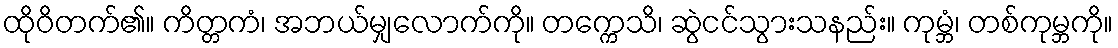
ထိုဝိတက်၏။ ကိတ္တကံ၊ အဘယ်မျှလောက်ကို။ တက္ကေသိ၊ ဆွဲငင်သွားသနည်း။ ကုမ္ဘံ၊ တစ်ကုမ္ဘကို။